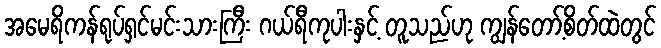
အမေရိကန်ရုပ်ရှင်မင်းသားကြီး ဂယ်ရီကုပါးနှင့် တူသည်ဟု ကျွန်တော့်စိတ်ထဲတွင်